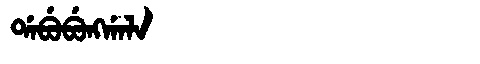
Manchu: ᡩᠠᠪᡠᠪᡠᠩᡤᠠᠯᠠ
Romanization: DABUBUNGGALA